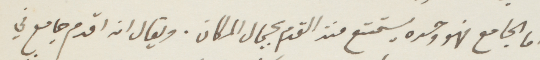
اما الجامع فهو وحده يستمتع منذ القدم بجمال المكان. ويقال انه اقدم جامع في